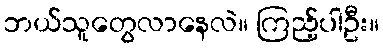
ဘယ်သူတွေလာနေလဲ။ ကြည့်ပါဦး။